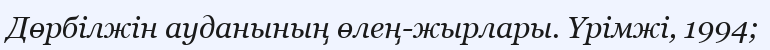
Дөрбілжін ауданының өлең-жырлары. Үрімжі, 1994;